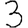
Digit: 3